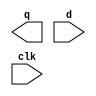
module gen_dff(q, d, clk);
    parameter width = 0;
    
    // Inputs
    input [width-1:0]   d;
    input               clk;
    
    // Output
    output [width-1:0]  q;
    
    wire [width-1:0]    a;
    
    genvar i;
    generate
    for (i=0; i<width; i=i+1) begin
        dff flippityflop(a[i], d[i], clk);
        end
    endgenerate
    
    assign q = a;
        
endmodule